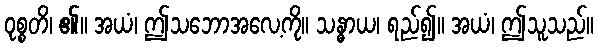
ဝုစ္စတိ၊ ၏။ အယံ၊ ဤသဘောအလေ့ကို။ သန္ဓာယ၊ ရည်၍။ အယံ၊ ဤသူသည်။